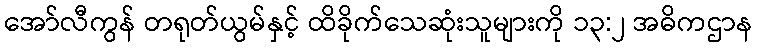
အော်လီကွန် တရုတ်ယွမ်နှင့် ထိခိုက်သေဆုံးသူများကို ၁၃:၂ အဓိကဌာန